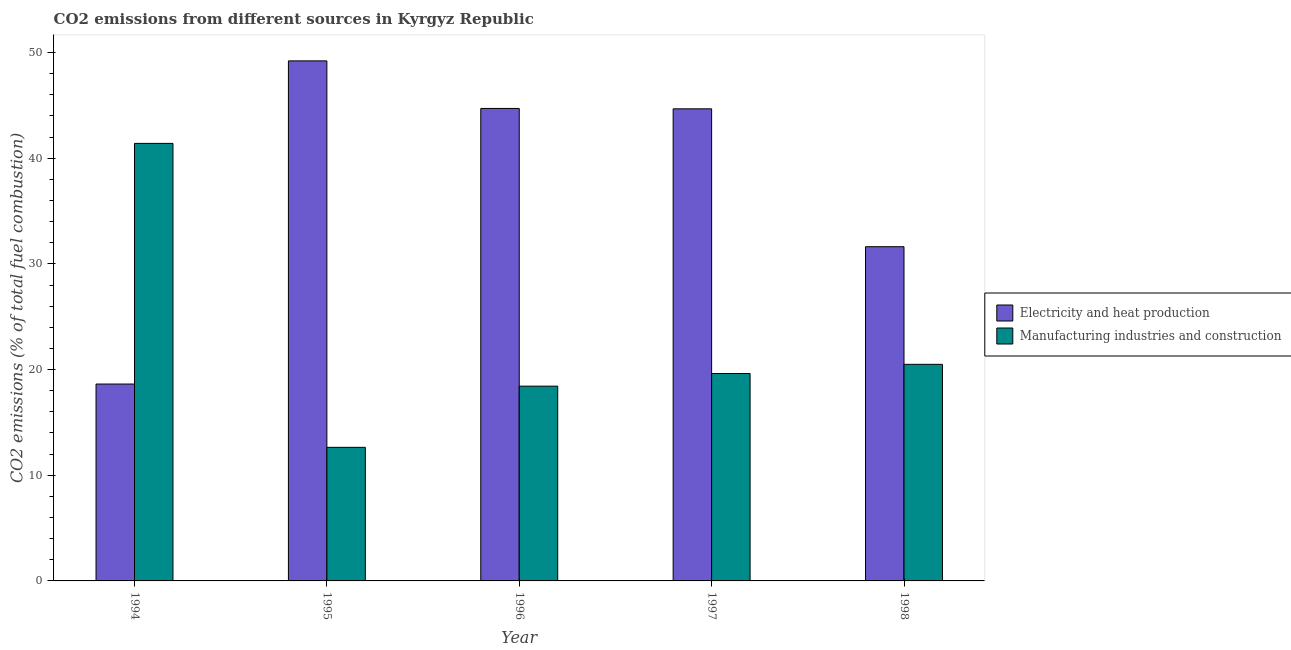
| Year | Electricity and heat production | Manufacturing industries and construction |
 | --- | --- | --- |
 | 1994 | 18.6 | 41.4 |
 | 1995 | 49.2 | 12.6 |
 | 1996 | 44.7 | 18.4 |
 | 1997 | 44.7 | 19.6 |
 | 1998 | 31.6 | 20.5 |